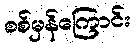
စစ်မှန်ကြောင်း